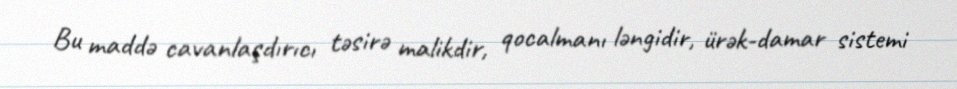
Bu maddə cavanlaşdırıcı təsirə malikdir, qocalmanı ləngidir, ürək-damar sistemi